Civil Veterinary Dept. Assam report 1911-1927 - 1911-1927
Year: 1911
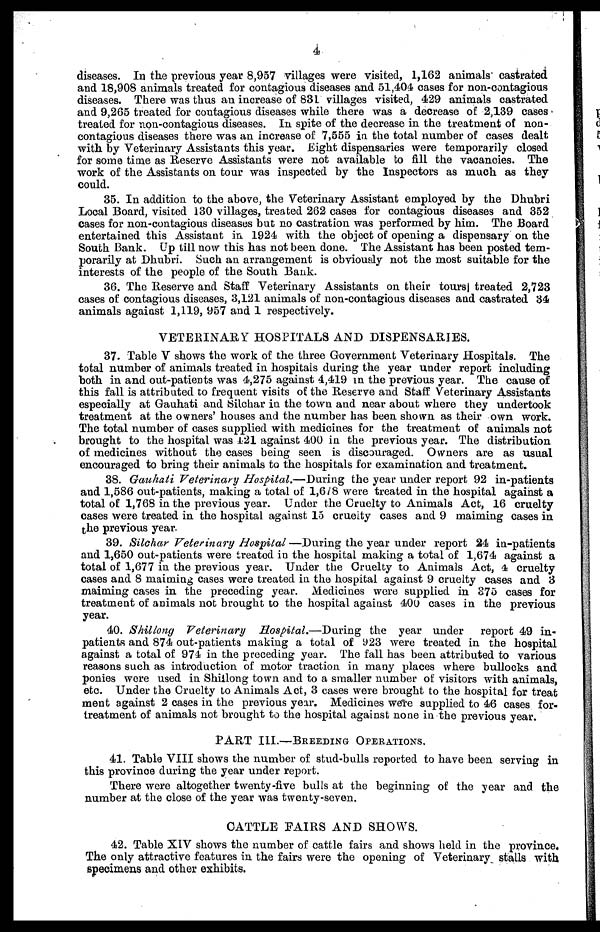
4
diseases. In the previous year 8,957 villages were visited, 1,162 animals castrated
and 18,908 animals treated for contagious diseases and 51,404 cases for non-contagious
diseases. There was thus an increase of 831 villages visited, 429 animals castrated
and 9,265 treated for contagious diseases while there was a decrease of 2,139 cases
treated for non-contagious diseases. In spite of the decrease in the treatment of non-
contagious diseases there was an increase of 7,555 in the total number of cases dealt
with by Veterinary Assistants this year. Eight dispensaries were temporarily closed
for some time as Reserve Assistants were not available to fill the vacancies. The
work of the Assistants on tour was inspected by the Inspectors as much as they
could.
35. In addition to the above, the Veterinary Assistant employed by the Dhubri
Local Board, visited 130 villages, treated 262 cases for contagious diseases and 352
cases for non-contagious diseases but no castration was performed by him. The Board
entertained this Assistant in 1924 with the object of opening a dispensary on the
South Bank. Up till now this has not been done. The Assistant has been posted tem-
porarily at Dhubri. Such an arrangement is obviousily not the most suitable for the
interests of the people of the South Bank.
36. The Reserve and Staff Veterinary Assistants on their tours treated 2,723
cases of contagious diseases, 3,121 animals of non-contagious diseases and castrated 34
animals against 1,119, 957 and 1 respectively.
VETERINARY HOSPITALS AND DISPENSARIES.
37. Table V shows the work of the three Government Veterinary Hospitals. The
total number of animals treated in hospitals during the year under report including
both in and out-patients was 4,275 against 4,419 in the previous year. The cause of
this fall is attributed to frequent visits of the Reserve and Staff Veterinary Assistants
especially at Gauhati and Silchar in the town and near about where they undertook
treatment at the owners' houses and the number has been shown as their own work.
The total number of cases supplied with medicines for the treatment of animals not
brought to the hospital was 121 against 400 in the previous year. The distribution
of medicines without the cases being seen is discouraged. Owners are as usual
encouraged to bring their animals to the hospitals for examination and treatment.
38. Gauhati Veterinary Hospital.—During the year under report 92 in-patients
and 1,586 out-patients, making a total of 1,678 were treated in the hospital against a
total of 1,768 in the previous year. Under the Cruelty to Animals Act, 16 cruelty
cases were treated in the hospital against 15 crueity cases and 9 maiming cases in
the previous year.
39. Silchar Veterinary Hospital—During the year under report 24 in-patients
and 1,650 out-patients were treated in the hospital making a total of 1,674 against a
total of 1,677 in the previous year. Under the Cruelty to Animals Act, 4 cruelty
cases and 8 maiming cases were treated in the hospital against 9 cruelty cases and 3
maiming cases in the preceding year. Medicines were supplied in 375 cases for
treatment of animals not brought to the hospital against 400 cases in the previous
year.
40. Shillong Veterinary
Hospital.—During the year under report 49 in-
patients and 874 out-patients making a total of 923 were treated in the hospital
against a total of 974 in the preceding year. The fall has been attributed to various
reasons such as introduction of motor traction in many places where bullocks and
ponies were used in Shiilong town and to a smaller number of visitors with animals,
etc. Under the Cruelty to Animals Act, 3 cases were brought to the hospital for treat
ment against 2 cases in the previous year. Medicines were supplied to 46 cases for-
treatment of animals not brought to the hospital against none in the previous year.
PART III.—BREEDING OPERATIONS.
41. Table VIII shows the number of stud-bulls reported to have been serving in
this province during the year under report.
There were altogether twenty-five bulls at the beginning of the year and the
number at the close of the year was twenty-seven.
CATTLE FAIRS AND SHOWS.
42. Table XIV shows the number of cattle fairs and shows held in the province.
The only attractive features in the fairs were the opening of Veterinary stalls with
specimens and other exhibits.